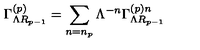
\Gamma _ { \Lambda R _ { p - 1 } } ^ { \left( p \right) } = \sum _ { n = n _ { p } } \Lambda ^ { - n } \Gamma _ { \Lambda R _ { p - 1 } } ^ { \left( p \right) n }